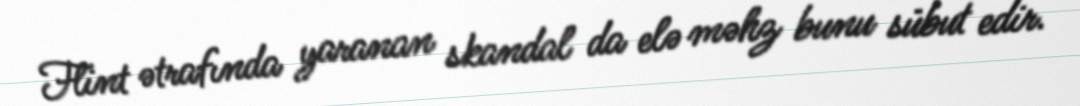
Flint ətrafında yaranan skandal da elə məhz bunu sübut edir.